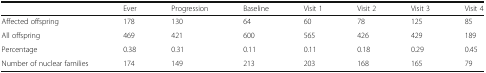
<table><thead><tr><td></td><td><b>Ever</b></td><td><b>Progression</b></td><td><b>Baseline</b></td><td><b>Visit 1</b></td><td><b>Visit 2</b></td><td><b>Visit 3</b></td><td><b>Visit 4</b></td></tr></thead><tbody><tr><td>Affected offspring</td><td>178</td><td>130</td><td>64</td><td>60</td><td>78</td><td>125</td><td>85</td></tr><tr><td>All offspring</td><td>469</td><td>421</td><td>600</td><td>565</td><td>426</td><td>429</td><td>189</td></tr><tr><td>Percentage</td><td>0.38</td><td>0.31</td><td>0.11</td><td>0.11</td><td>0.18</td><td>0.29</td><td>0.45</td></tr><tr><td>Number of nuclear families</td><td>174</td><td>149</td><td>213</td><td>203</td><td>168</td><td>165</td><td>79</td></tr></tbody></table>